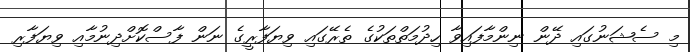
މި ސެޝަނުގައި ދޭން ނިންމާފައިވާ ހިދުމަތްތަކުގެ ތެރޭގައި ވިޔަފާރީގެ ނަން ފާސްކޮށްދިނުމާއި ވިޔަފާރި